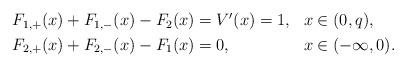
LaTeX: \begin{align*} \begin{aligned} F_{1,+}(x) + F_{1,-}(x) - F_2(x) & = V'(x) = 1, && x \in (0,q), \\F_{2,+}(x) + F_{2,-}(x) - F_1(x) & = 0, && x \in (-\infty,0).\end{aligned}\end{align*}